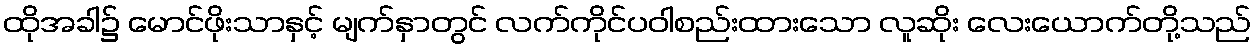
ထိုအခါ၌ မောင်ဖိုးသာနှင့် မျက်နှာတွင် လက်ကိုင်ပဝါစည်းထားသော လူဆိုး လေးယောက်တို့သည်